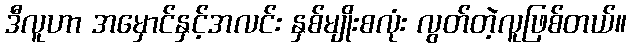
ဒီလူဟာ အမှောင်နှင့်အလင်း နှစ်မျိုးစလုံး လွတ်တဲ့လူဖြစ်တယ်။